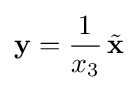
\mathbf {y} ={\frac {1}{x_{3}}}\,{\tilde {\mathbf {x} }}